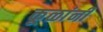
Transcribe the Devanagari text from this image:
कूळांनी